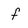
Character: f